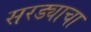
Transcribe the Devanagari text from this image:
सरड्याचा